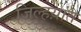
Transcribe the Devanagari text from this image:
जिल्हय़ांत